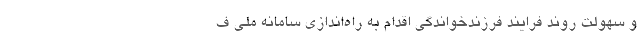
و سهولت روند فرایند فرزندخواندگی اقدام به راه‌اندازی سامانه ملی ف